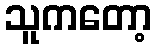
သူကတော့